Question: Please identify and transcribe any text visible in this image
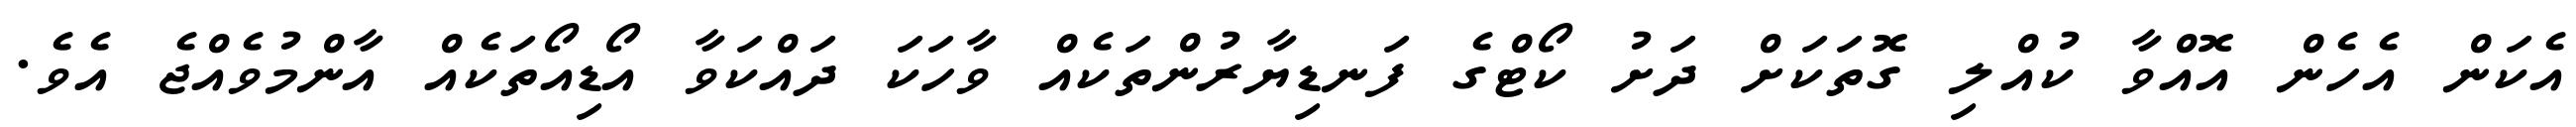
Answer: އެކަން އެހެން އޮއްވާ ކުއްލި ގޮތަކަށް ދަށު ކޯޓްގެ ފަނޑިޔާރުންތަކެއް ވާހަކަ ދައްކަވާ އޯޑިއޯތަކެއް އާންމުވެއްޖެ އެވެ.